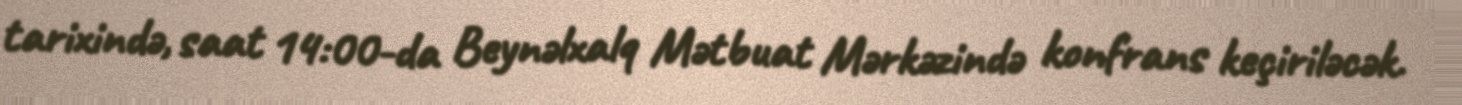
tarixində, saat 14:00-da Beynəlxalq Mətbuat Mərkəzində konfrans keçiriləcək.